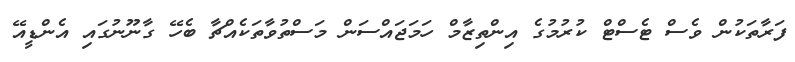
ފަރާތަކުން ވެސް ޓެސްޓް ކުރުމުގެ އިންތިޒާމް ހަމަޖައްސަން މަސްތުވާތަކެއްޗާ ބެހޭ ގާނޫނުގައި އެންޑީއޭ